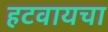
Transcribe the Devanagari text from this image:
हटवायचा